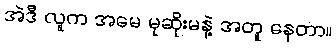
အဲဒီ လူက အမေ မုဆိုးမနဲ့ အတူ နေတာ။